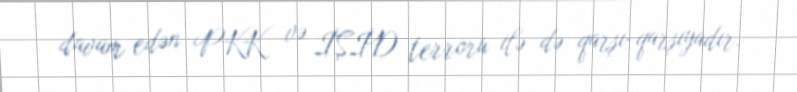
davam edən PKK və İŞİD terroru ilə də qarşı-qarşıyadır.